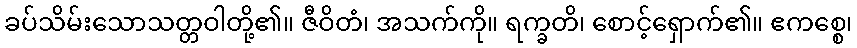
ခပ်သိမ်းသောသတ္တဝါတို့၏။ ဇီဝိတံ၊ အသက်ကို။ ရက္ခတိ၊ စောင့်ရှောက်၏။ ဧကစ္စေ၊